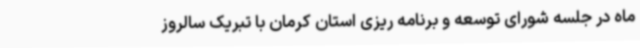
ماه در جلسه شورای توسعه و برنامه ریزی استان کرمان با تبریک سالروز